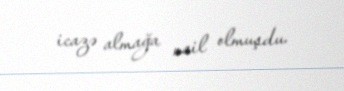
icazə almağa nail olmuşdu.